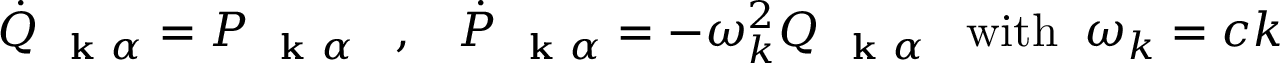
\dot { Q } _ { \mathrm { ~ \bf ~ k ~ } \alpha } = P _ { \mathrm { ~ \bf ~ k ~ } \alpha } \; \; \; , \; \; \; \dot { P } _ { \mathrm { ~ \bf ~ k ~ } \alpha } = - \omega _ { k } ^ { 2 } Q _ { \mathrm { ~ \bf ~ k ~ } \alpha } \; \; \; \mathrm { w i t h } \; \; \omega _ { k } = c k